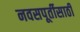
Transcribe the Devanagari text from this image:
नवसपूर्तीसाठी